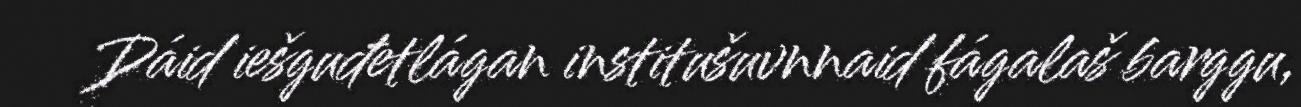
Dáid iešguđetlágan institušuvnnaid fágalaš barggu,